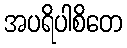
အပရိပါစိတေ